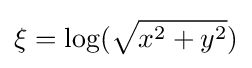
\xi =\log({\sqrt {x^{2}+y^{2}}})